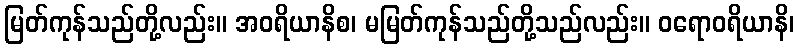
မြတ်ကုန်သည်တို့လည်း။ အဝရိယာနိစ၊ မမြတ်ကုန်သည်တို့သည်လည်း။ ဝရောဝရိယာနိ၊